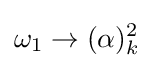
\omega _{1}\to (\alpha )_{k}^{2}